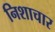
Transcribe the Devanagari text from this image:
निशाचार